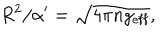
R ^ { 2 } / \alpha ^ { \prime } = \sqrt { 4 \pi n g _ { \mathrm { e f f } } } ,